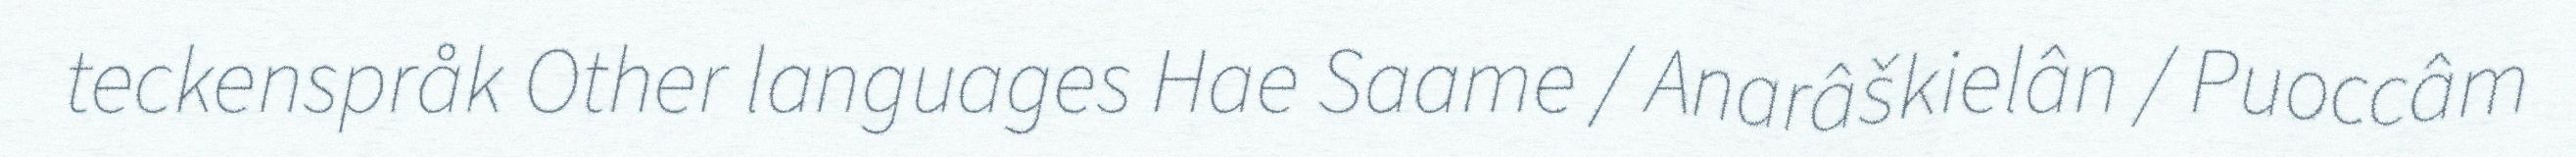
teckenspråk Other languages Hae Saame / Anarâškielân / Puoccâm